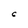
Character: 6